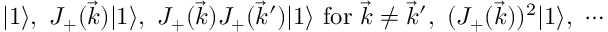
| 1 \rangle , \, \, J _ { + } ( \vec { k } ) | 1 \rangle , \, \, J _ { + } ( \vec { k } ) J _ { + } ( \vec { k } ^ { \prime } ) | 1 \rangle \, \, \mathrm { f o r } \, \, \vec { k } \not = \vec { k } ^ { \prime } , \, \, ( J _ { + } ( \vec { k } ) ) ^ { 2 } | 1 \rangle , \, \, \cdots